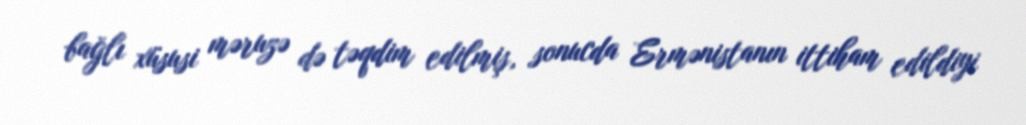
bağlı xüsusi məruzə də təqdim edilmiş, sonucda Ermənistanın ittiham edildiyi